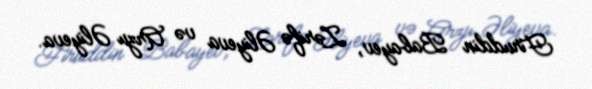
Firuddin Babayev, Zərifə Əliyeva və Arzu Əliyeva.